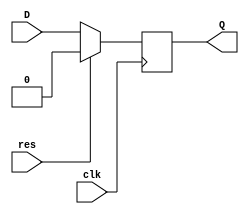
module ff_impl(output reg Q, \n               input      D, clk, res);\n    \n    always @(posedge clk) begin\n        if (res) begin\n            Q <= 1'b0;\n        end else begin\n            Q <= D;\n        end\n    end\nendmodule
module shft_8bss(output Q,\n                 input  D,\n                 input  clk, res);\n    \n    wire [6:0] A;\n    wire       clk;\n\n    ff_impl ff0(A[0], D   , clk, res);\n    ff_impl ff1(A[1], A[0], clk, res);\n    ff_impl ff2(A[2], A[1], clk, res);\n    ff_impl ff3(A[3], A[2], clk, res);\n    ff_impl ff4(A[4], A[3], clk, res);\n    ff_impl ff5(A[5], A[4], clk, res);\n    ff_impl ff6(A[6], A[5], clk, res);\n    ff_impl ff7(Q   , A[6], clk, res);\nendmodule
module shft_8bsp(output [7:0] Q,\n                 input        D,\n                 input        clk, res);\n    \n    wire       clk;\n\n    ff_impl ff0(Q[0], D   , clk, res);\n    ff_impl ff1(Q[1], Q[0], clk, res);\n    ff_impl ff2(Q[2], Q[1], clk, res);\n    ff_impl ff3(Q[3], Q[2], clk, res);\n    ff_impl ff4(Q[4], Q[3], clk, res);\n    ff_impl ff5(Q[5], Q[4], clk, res);\n    ff_impl ff6(Q[6], Q[5], clk, res);\n    ff_impl ff7(Q[7], Q[6], clk, res);\nendmodule
module shft_8bps(output       Q,\n                 input  [7:0] D,\n                 input        clk, res);\n    \n    wire       clk;\n\n    ff_impl ff0(D[1], D[0], clk, res);\n    ff_impl ff1(D[2], D[1], clk, res);\n    ff_impl ff2(D[3], D[2], clk, res);\n    ff_impl ff3(D[4], D[3], clk, res);\n    ff_impl ff4(D[5], D[4], clk, res);\n    ff_impl ff5(D[6], D[5], clk, res);\n    ff_impl ff6(D[7], D[6], clk, res);\n    ff_impl ff7(Q   , D[7], clk, res);\nendmodule
module shft_8bpp(output [7:0] Q,\n                 input  [7:0] D,\n                 input        clk, res);\n    \n    wire       clk;\n    assign Q = D;\n    \n    ff_impl ff0(D[1], D[0], clk, res);\n    ff_impl ff1(D[2], D[1], clk, res);\n    ff_impl ff2(D[3], D[2], clk, res);\n    ff_impl ff3(D[4], D[3], clk, res);\n    ff_impl ff4(D[5], D[4], clk, res);\n    ff_impl ff5(D[6], D[5], clk, res);\n    ff_impl ff6(D[7], D[6], clk, res);\n    ff_impl ff7(Q[7], D[7], clk, res);\nendmodule